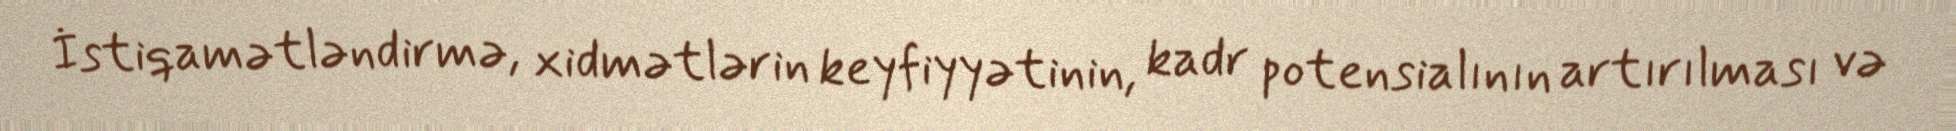
İstiqamətləndirmə, xidmətlərin keyfiyyətinin, kadr potensialının artırılması və